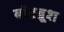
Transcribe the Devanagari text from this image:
बॉटब्रूश